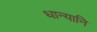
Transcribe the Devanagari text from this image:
धान्यानि